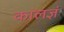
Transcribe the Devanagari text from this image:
कालज्ञं